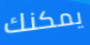
يمكنك